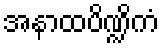
အနာထပိဏ္ဍိကံ